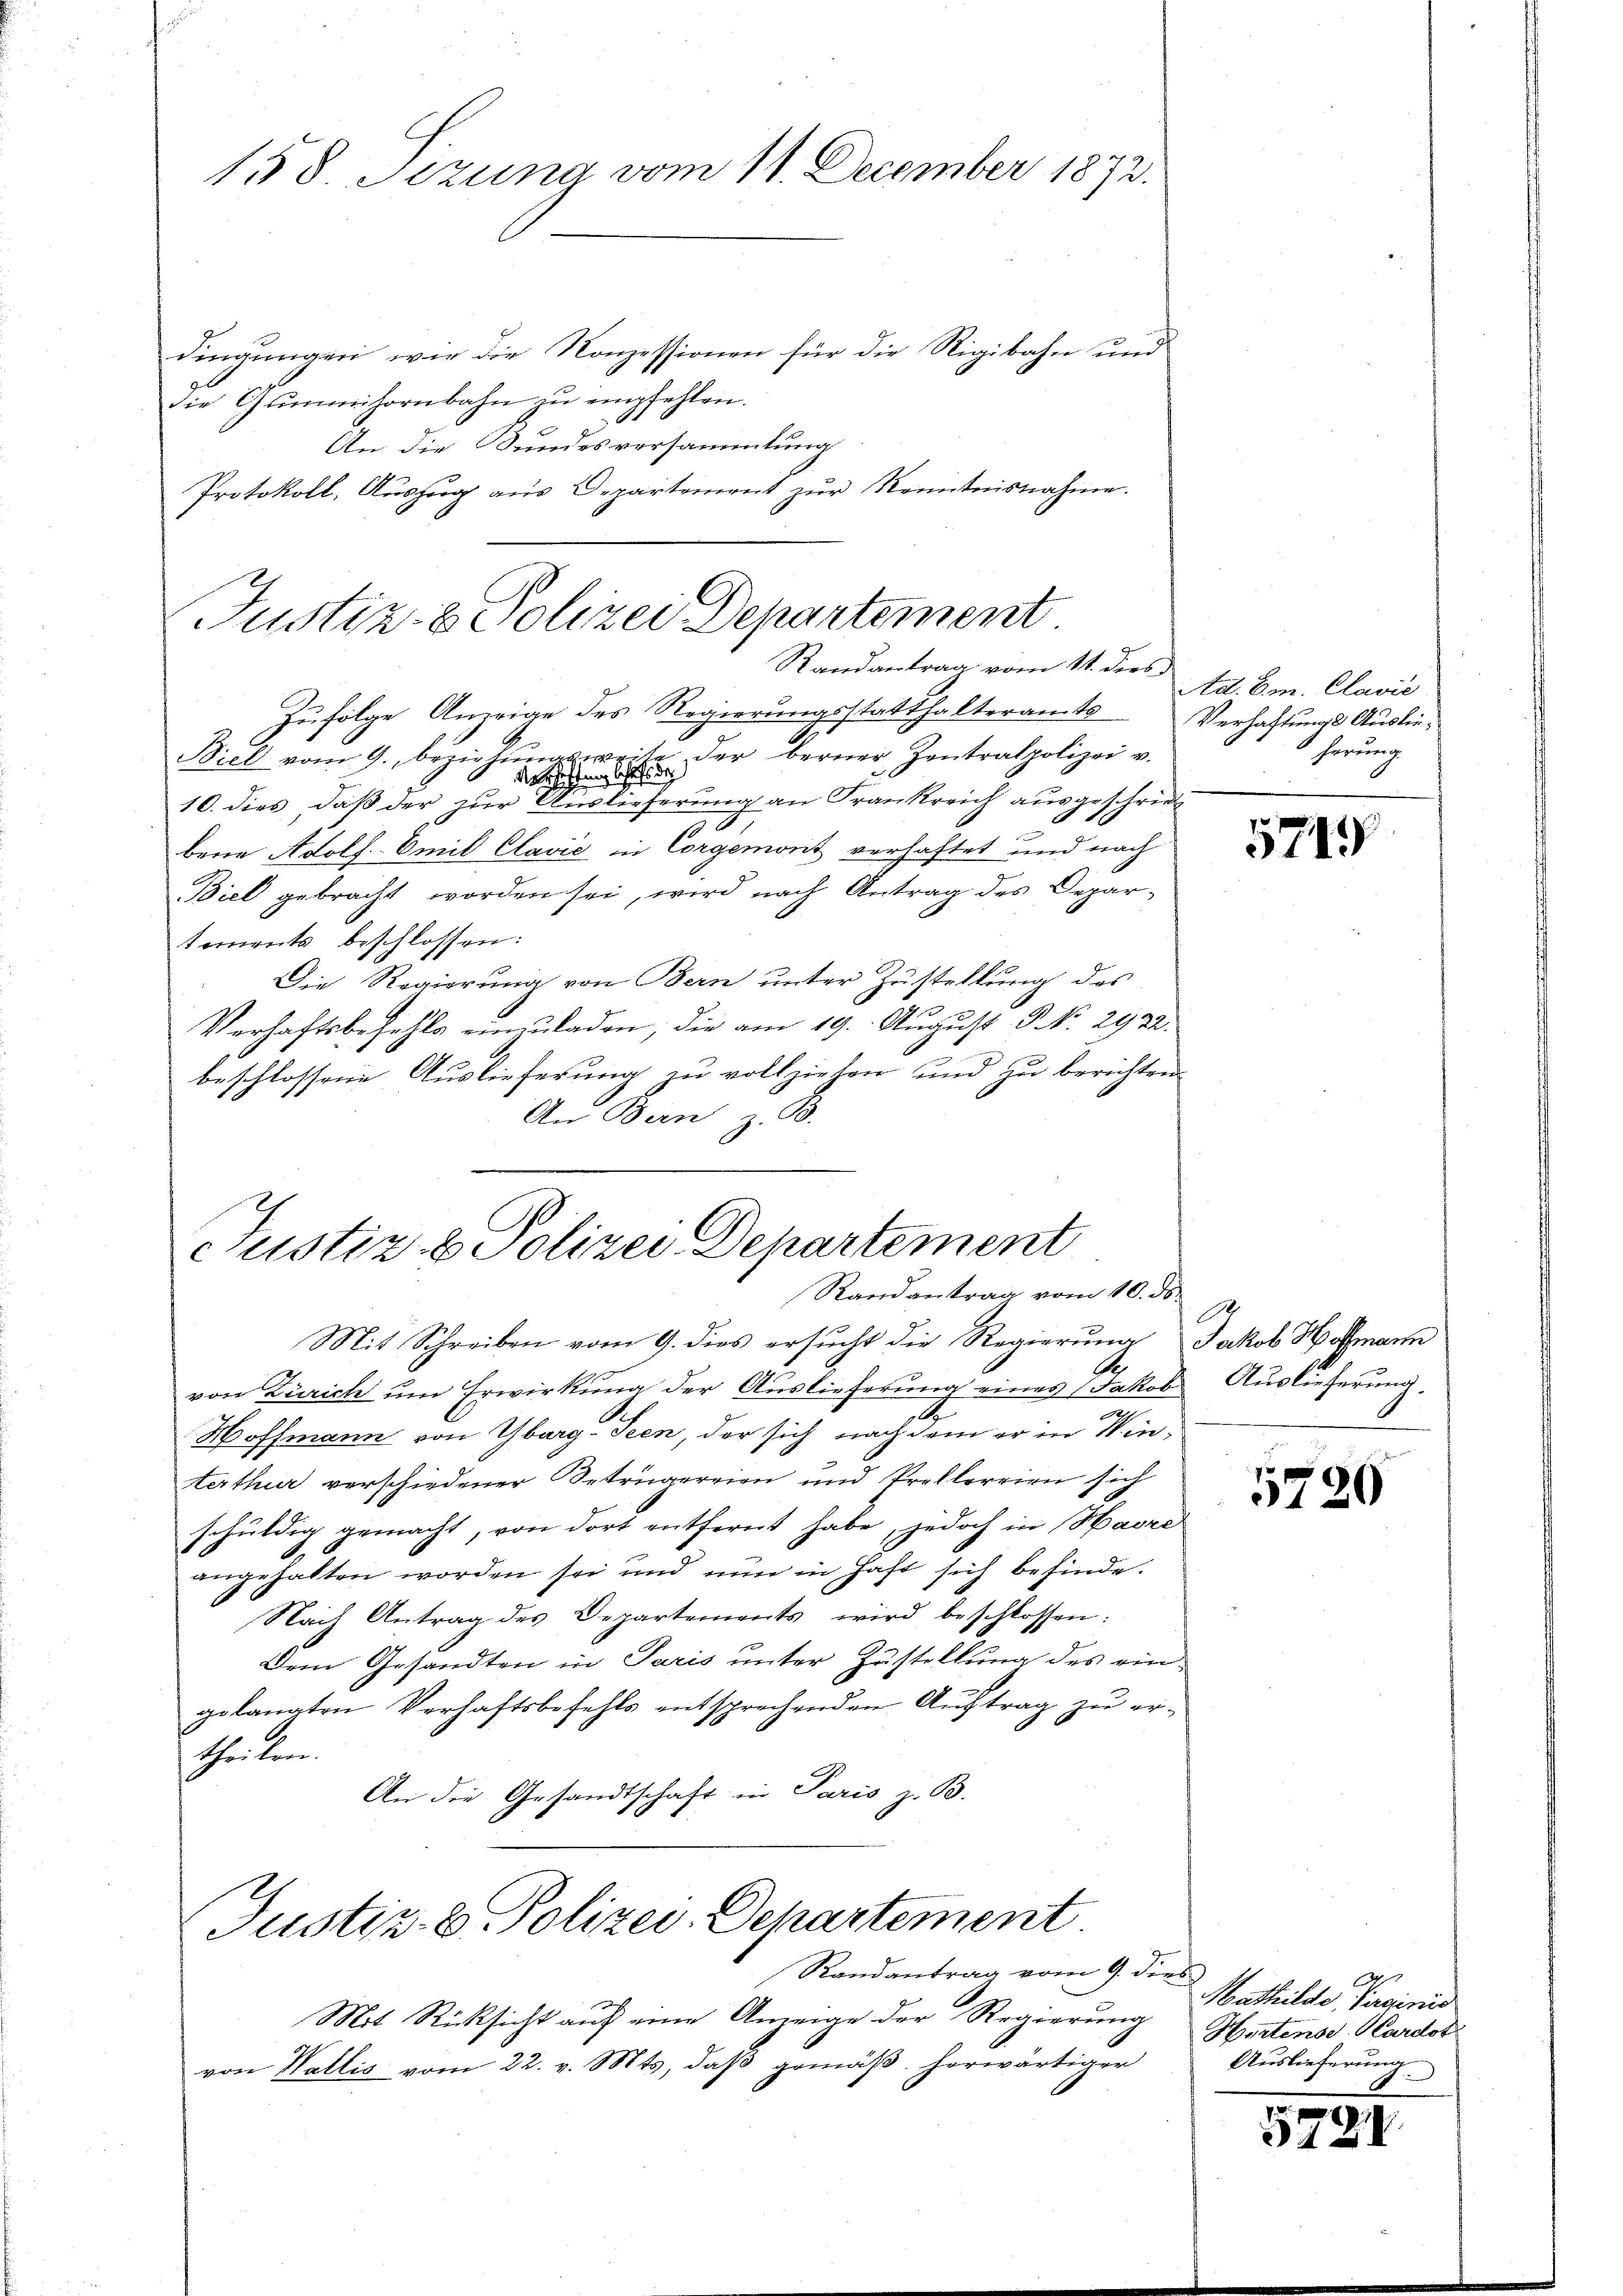
158. Sezung vom 11. December 1872.

dingungen, wie die Konzessionen für die Rigibahn und
die Gummihornbahn zu empfehlen.
An die Bundesversammlung
Protokoll, Auszug aus Departement zŭr Kenntnisnahme.

Justiz- & Polizei Departement
Randantrag vom 11. dies
Zufolge Anzeige des Regierungsstatthalteran. 18

Justiz- & Polizei Departement
Randantrag vom 10. ds.

Biel vom 9. beziehungsweise der berner Zentralpolizei v.
derichtung de
10. dies, daß der zur Auslieferung an Frankreich ausgeschrie¬
2.
bene Adolf Emil Clavić in Corgemont verhaftet und nach
Biel gebracht worden sei, wird nach Antrag des Departements beschlossen:
Die Regierung von Bern unter Zustellung des
Verhaftsbefehls einzuladen, die am 19. August P. Nr. 2922.
beschlossene Auslieferung zu vollziehen und zu berichten.
An Bern z. B.

Justiz- u. Polizei-Departement
Randantrag vom 9. dies

Mit Schreiben vom 9. dies ersucht die Regierung Jakob Hofmann
von Zürich um Erwirkung der Auslieferung eines Jakob Auslieferung
b
Hoffmann von Yberg-Teen, der sich nach dem er in Winterthur verschiedener Betrugereien und Prellerrien sich
schuldig gemacht, von dort entfernt habe, jedoch in Havre
angehalten worden sei und nun in hast sich befinde.
Nach Antrag des Departements wird beschlossen:
Dem Gesandten in Paris unter Zustellung des eingelangten Verhaftsbefehls entsprechenden Auftrag zu ertheilen.
An die Gesandtschaft in Paris z. B.

A
1

Mit Rücksicht auf eine Anzeige der Regierung
von Wallis vom 22. v. Mts. daβ gemäß herwärtiger

Ad. Em. Clavie
Verhaftungs Auslieherung

571.

A

5720

Mathilde, Pareinis
Hertende Cardot
Auslieferung
d

5221.